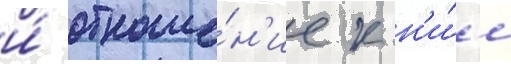
и́ отноше́н'ие к н'и́м